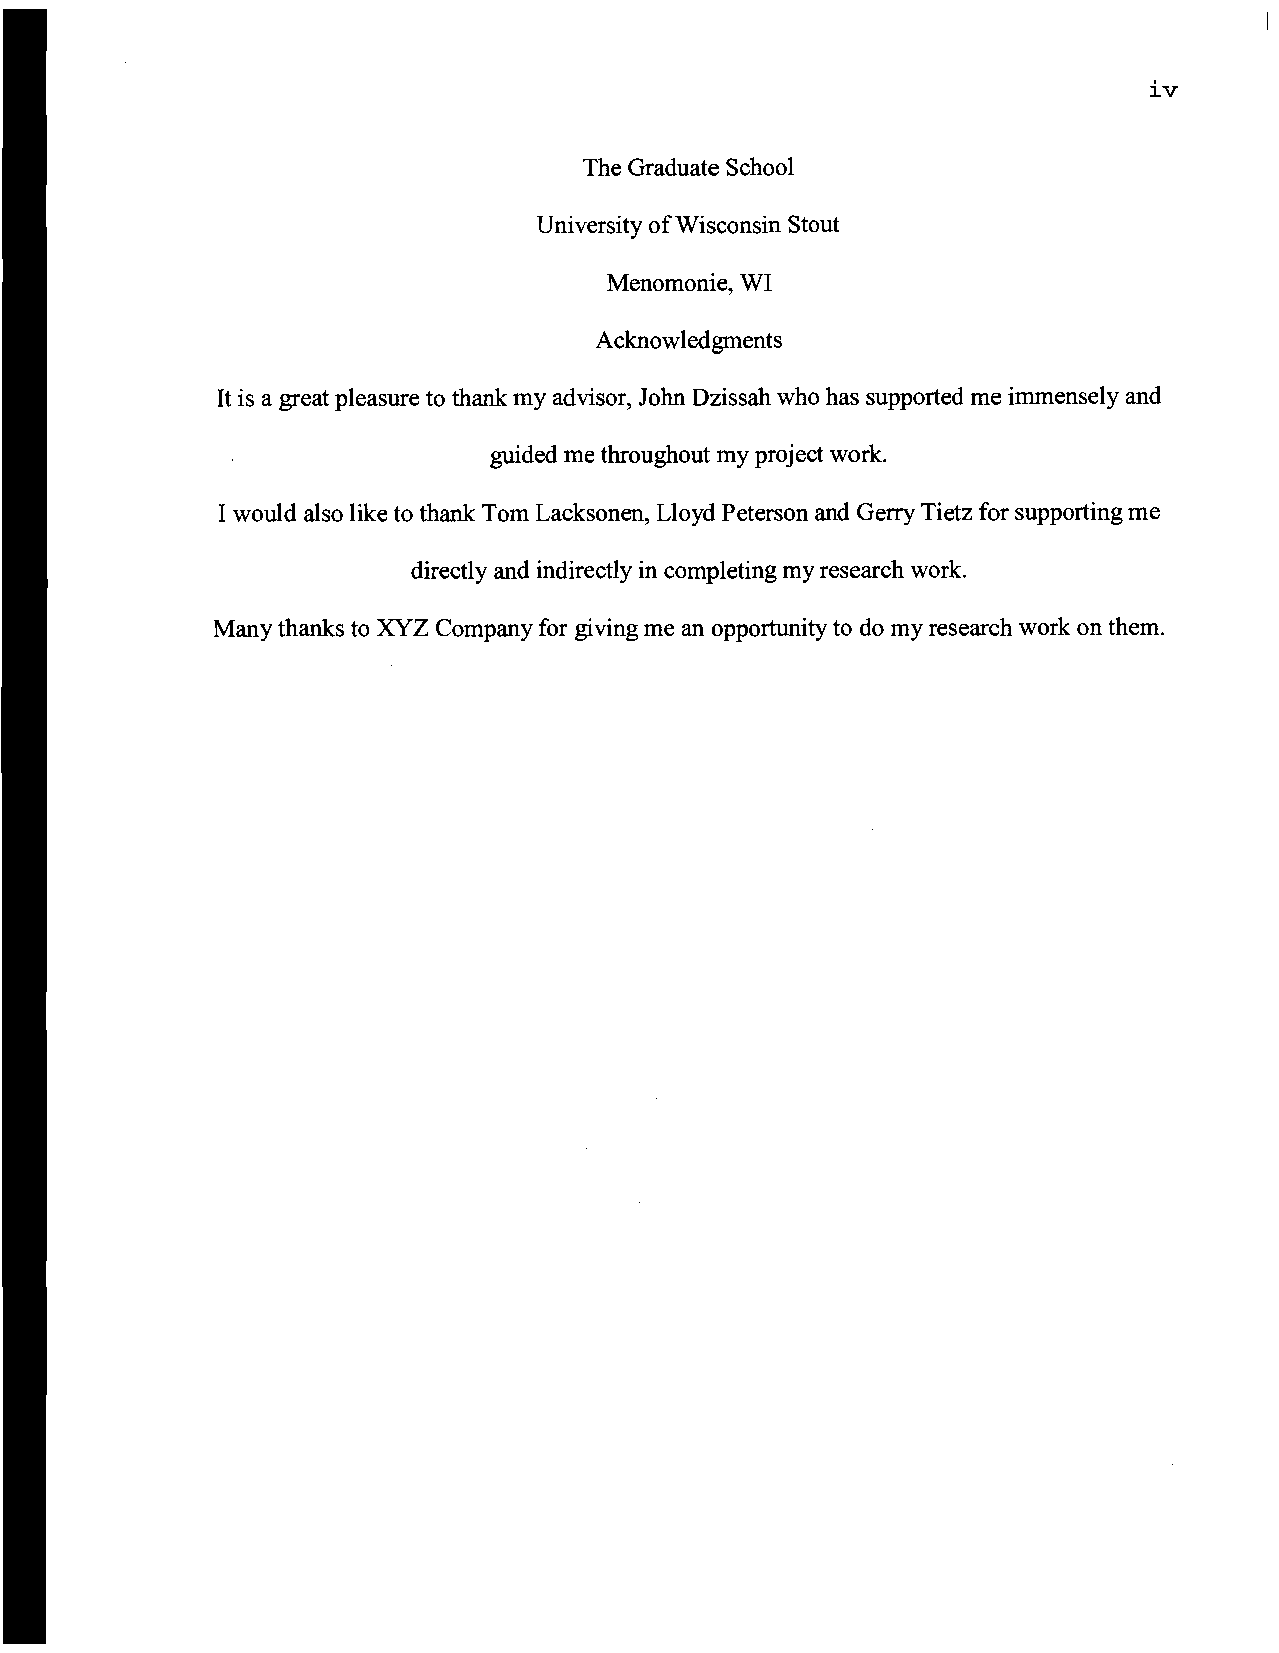
iv
 The Graduate School
 University ofWisconsin Stout
 Menomonie, WI
 Acknowledgments
 It is a great pleasure to thank my advisor, John Dzissah who has supported me immensely and
 guided me throughout my project work.
 I would also like to thank Tom Lacksonen, Lloyd Peterson and Gerry Tietz for supporting me
 directly and indirectly in completing my research work.
 Many thanks to XYZ Company for giving me an opportunity to do my research work on them.